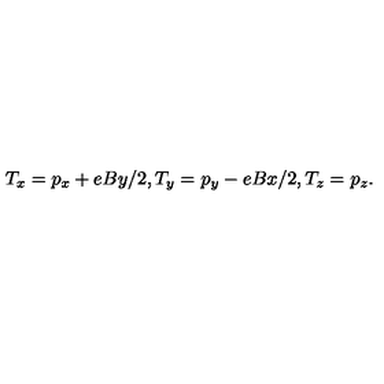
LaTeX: T _ { x } = p _ { x } + e B y / 2 , T _ { y } = p _ { y } - e B x / 2 , T _ { z } = p _ { z } .